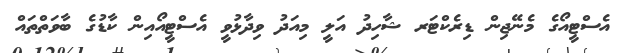
އެސްޓީއޯގެ މެނޭޖިން ޑިރެކްޓަރ ޝާހިދު އަލީ މިއަދު ވިދާޅުވީ އެސްޓީއޯއިން ކާޑުގެ ބާވަތްތައް